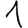
Digit: 1